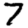
Digit: 7